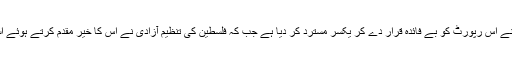
اخبار کہتا ہے کہ اسرایئلی وزارت خارجہ نے اس رپورٹ کو بے فائدہ قرار دے کر یکسر مسترد کر دیا ہے جب کہ فلسطین کی تنظیم آزادی نے اس کا خیر مقدم کرتے ہوئے اسے اُصو لوں کے عین مطابق قرار دیا ہے۔